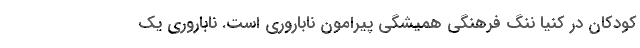
کودکان در کنیا ننگ فرهنگی همیشگی پیرامون ناباروری است. ناباروری یک